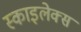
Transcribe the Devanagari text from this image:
स्काइलेक्स